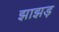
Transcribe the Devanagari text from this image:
झाझड़